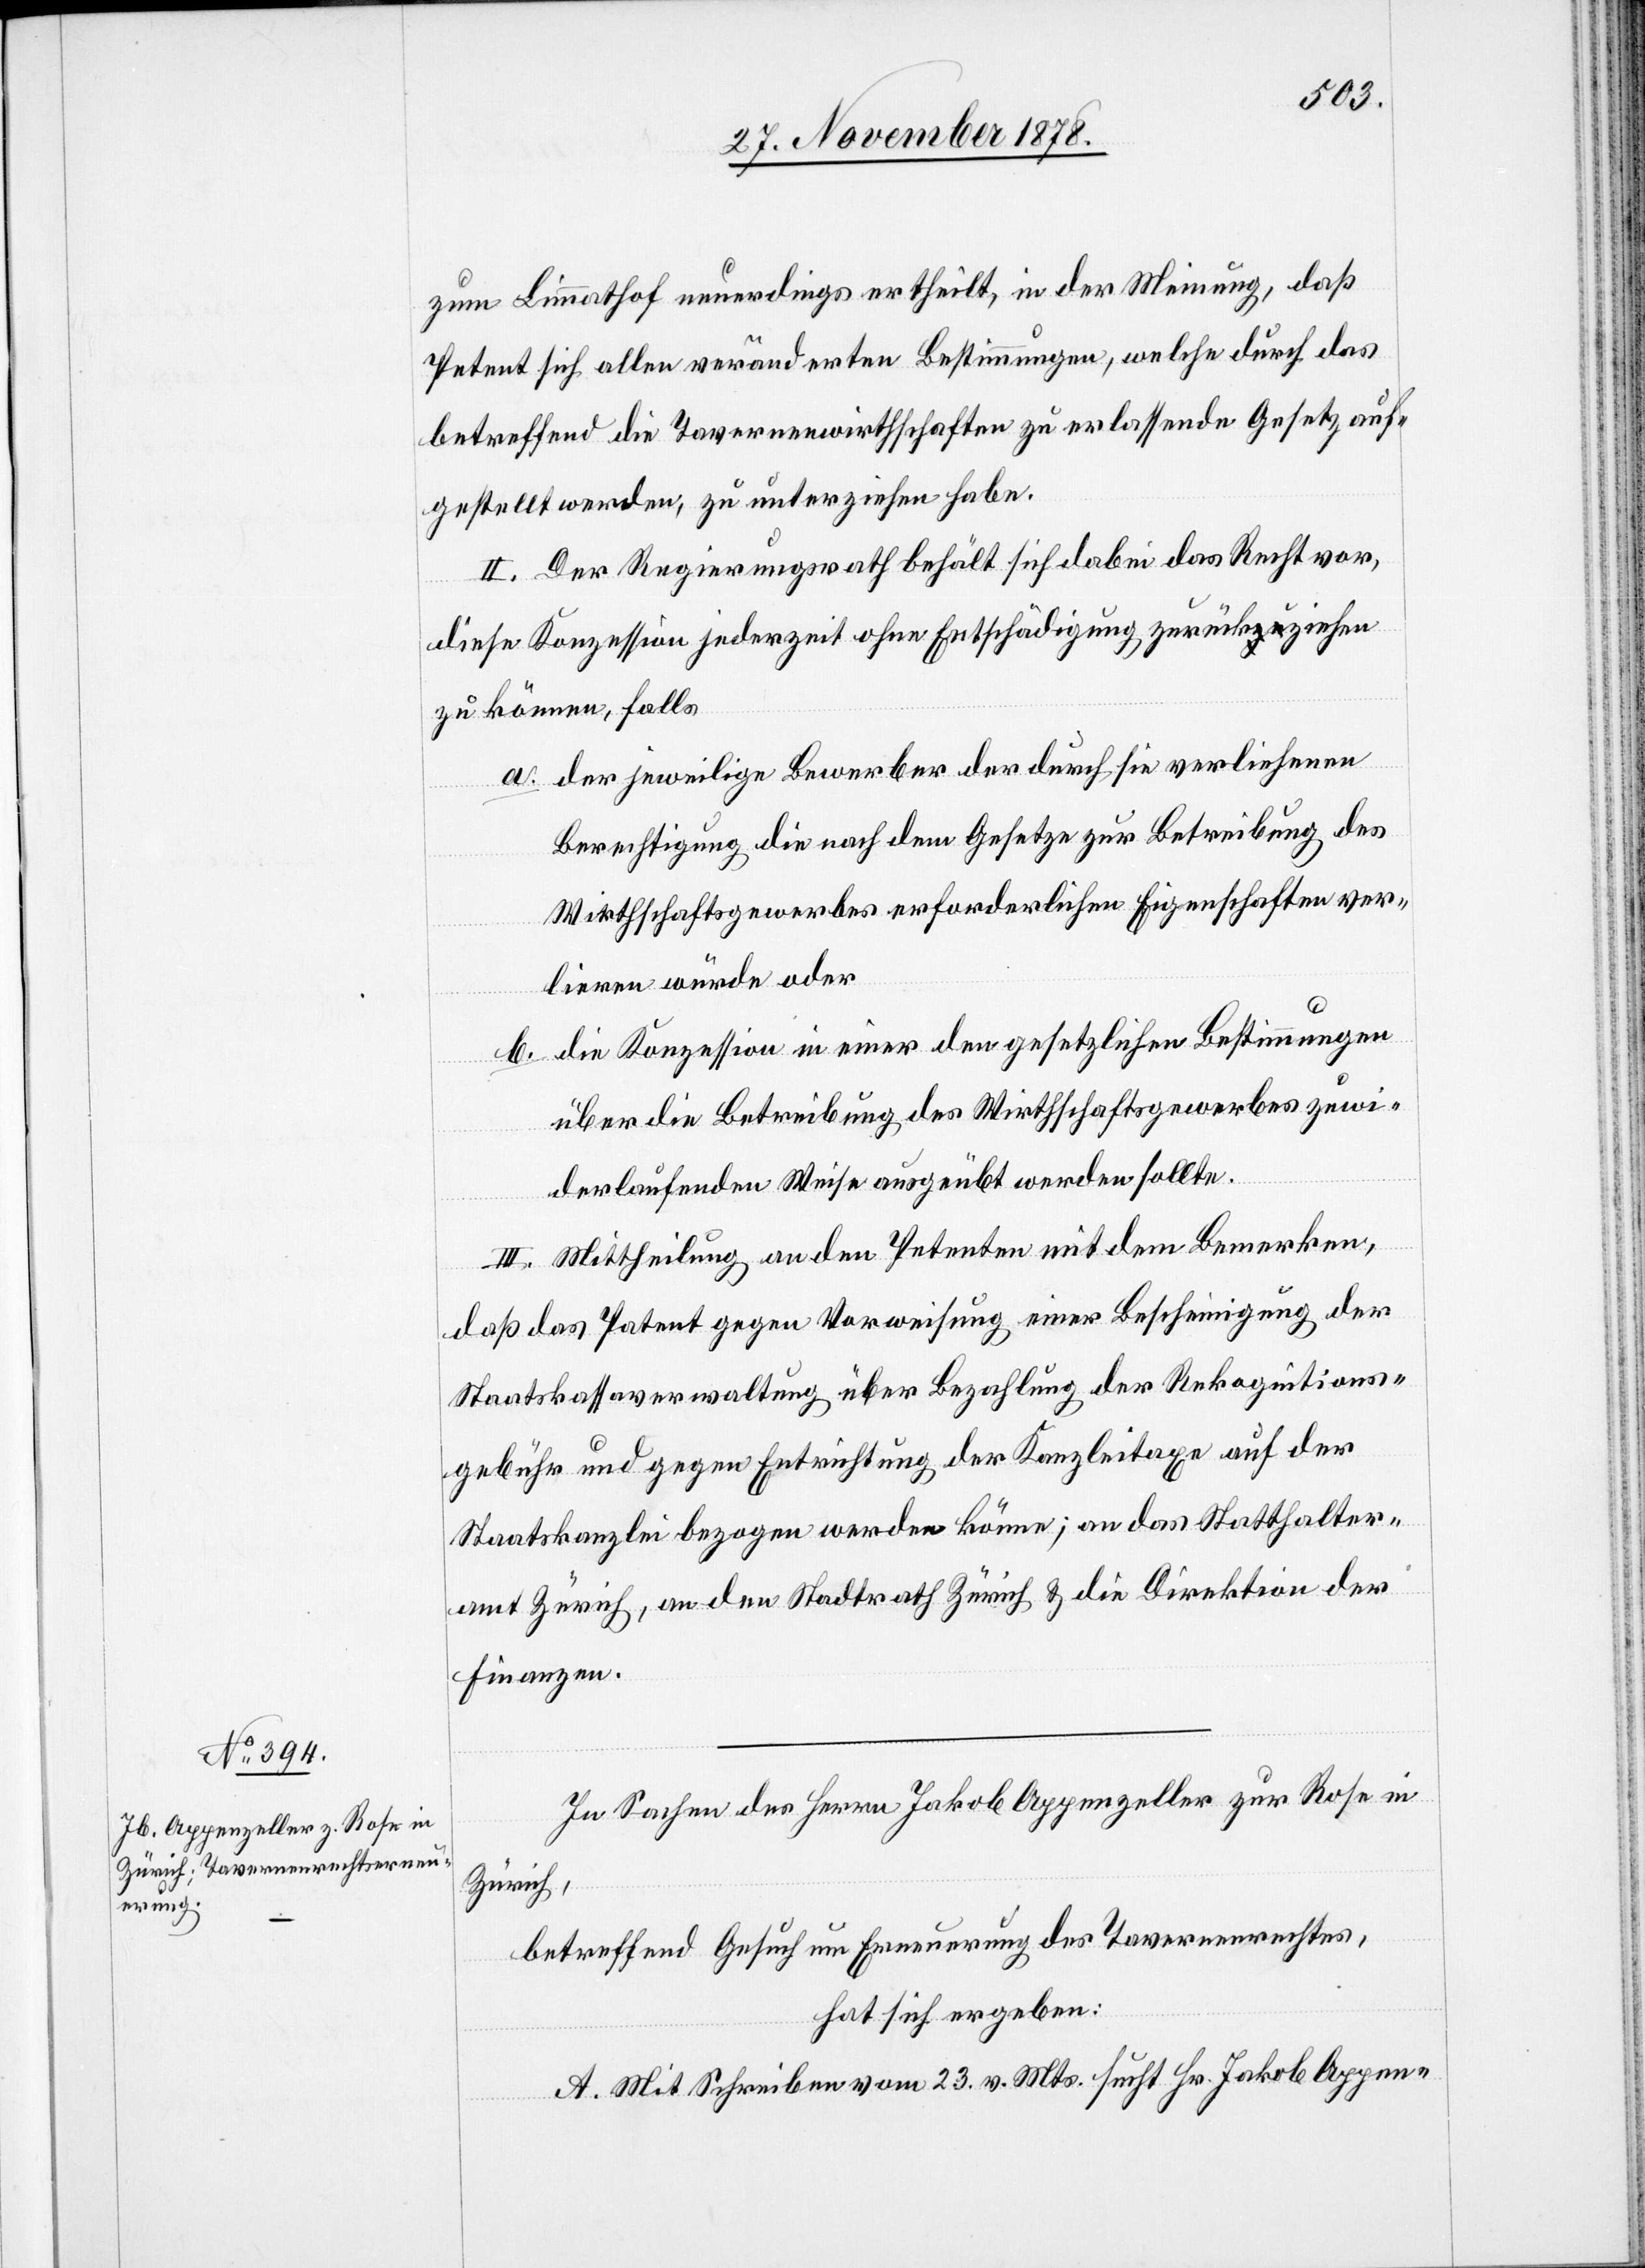
zum Limmathof neuerdings ertheilt, in der Meinung, daß
Petent sich allen veränderten Bestimmungen, welche durch das
betreffend die Tavernenwirthschaften zu erlassende Gesetz auf¬
gestellt werden, zu unterzeichnen habe.
II. Der Regierungsrath behält sich dabei das Recht vor,
diese Konzession jederzeit ohne Entschädigung zurückziehen
zu können, falls
der jeweilige Bewerber der durch sie verliehenen
Berechtigung die nach dem Gesetze zur Betreibung des
Wirthschaftsgewerbes erforderlichen Eigenschaften ver¬
lieren würde oder
b.
die Konzession in einer den gesetzlichen Bestimmungen
über die Betreibung des Wirthschaftsgewerbes zuwi¬
derlaufenden Weise ausgeübt werden sollte.
III. Mittheilung an den Petenten mit dem Bemerken,
daß das Patent gegen Vorweisung einer Bescheinigung der
Staatskassaverwaltung über Bezahlung der Rekognitions¬
gebühr und gegen Entrichtung der Kanzleitaxe auf der
Staatskanzlei bezogen werden könne; an das Statthalter¬
amt Zürich, an den Stadtrath Zürich & die Direktion der
Finanzen.
In Sachen des Herren Jakob Appenzeller zur Rose in
Zürich,
betreffend Gesuch um Erneuerung des Tavernenrechtes,
hat sich ergeben:
A. Mit Schreiben vom 23. v. Mts. sucht Hr. Jakob Appen-